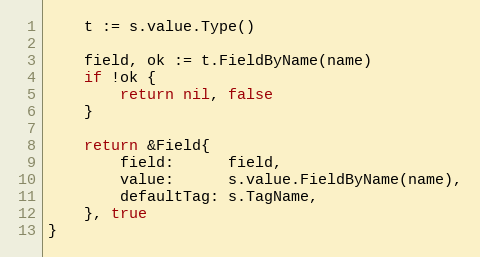
Language: Go
	t := s.value.Type()

	field, ok := t.FieldByName(name)
	if !ok {
		return nil, false
	}

	return &Field{
		field:      field,
		value:      s.value.FieldByName(name),
		defaultTag: s.TagName,
	}, true
}